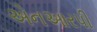
એનઆરપી